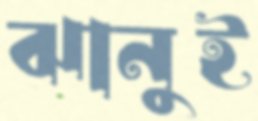
ঝানুই